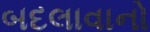
બદલાવાનો